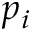
p _ { i }